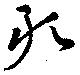
敢